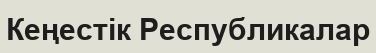
Кеңестік Республикалар